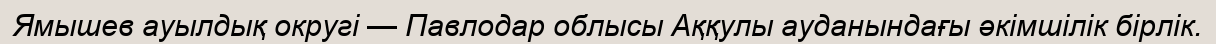
Ямышев ауылдық округі — Павлодар облысы Аққулы ауданындағы әкімшілік бірлік.